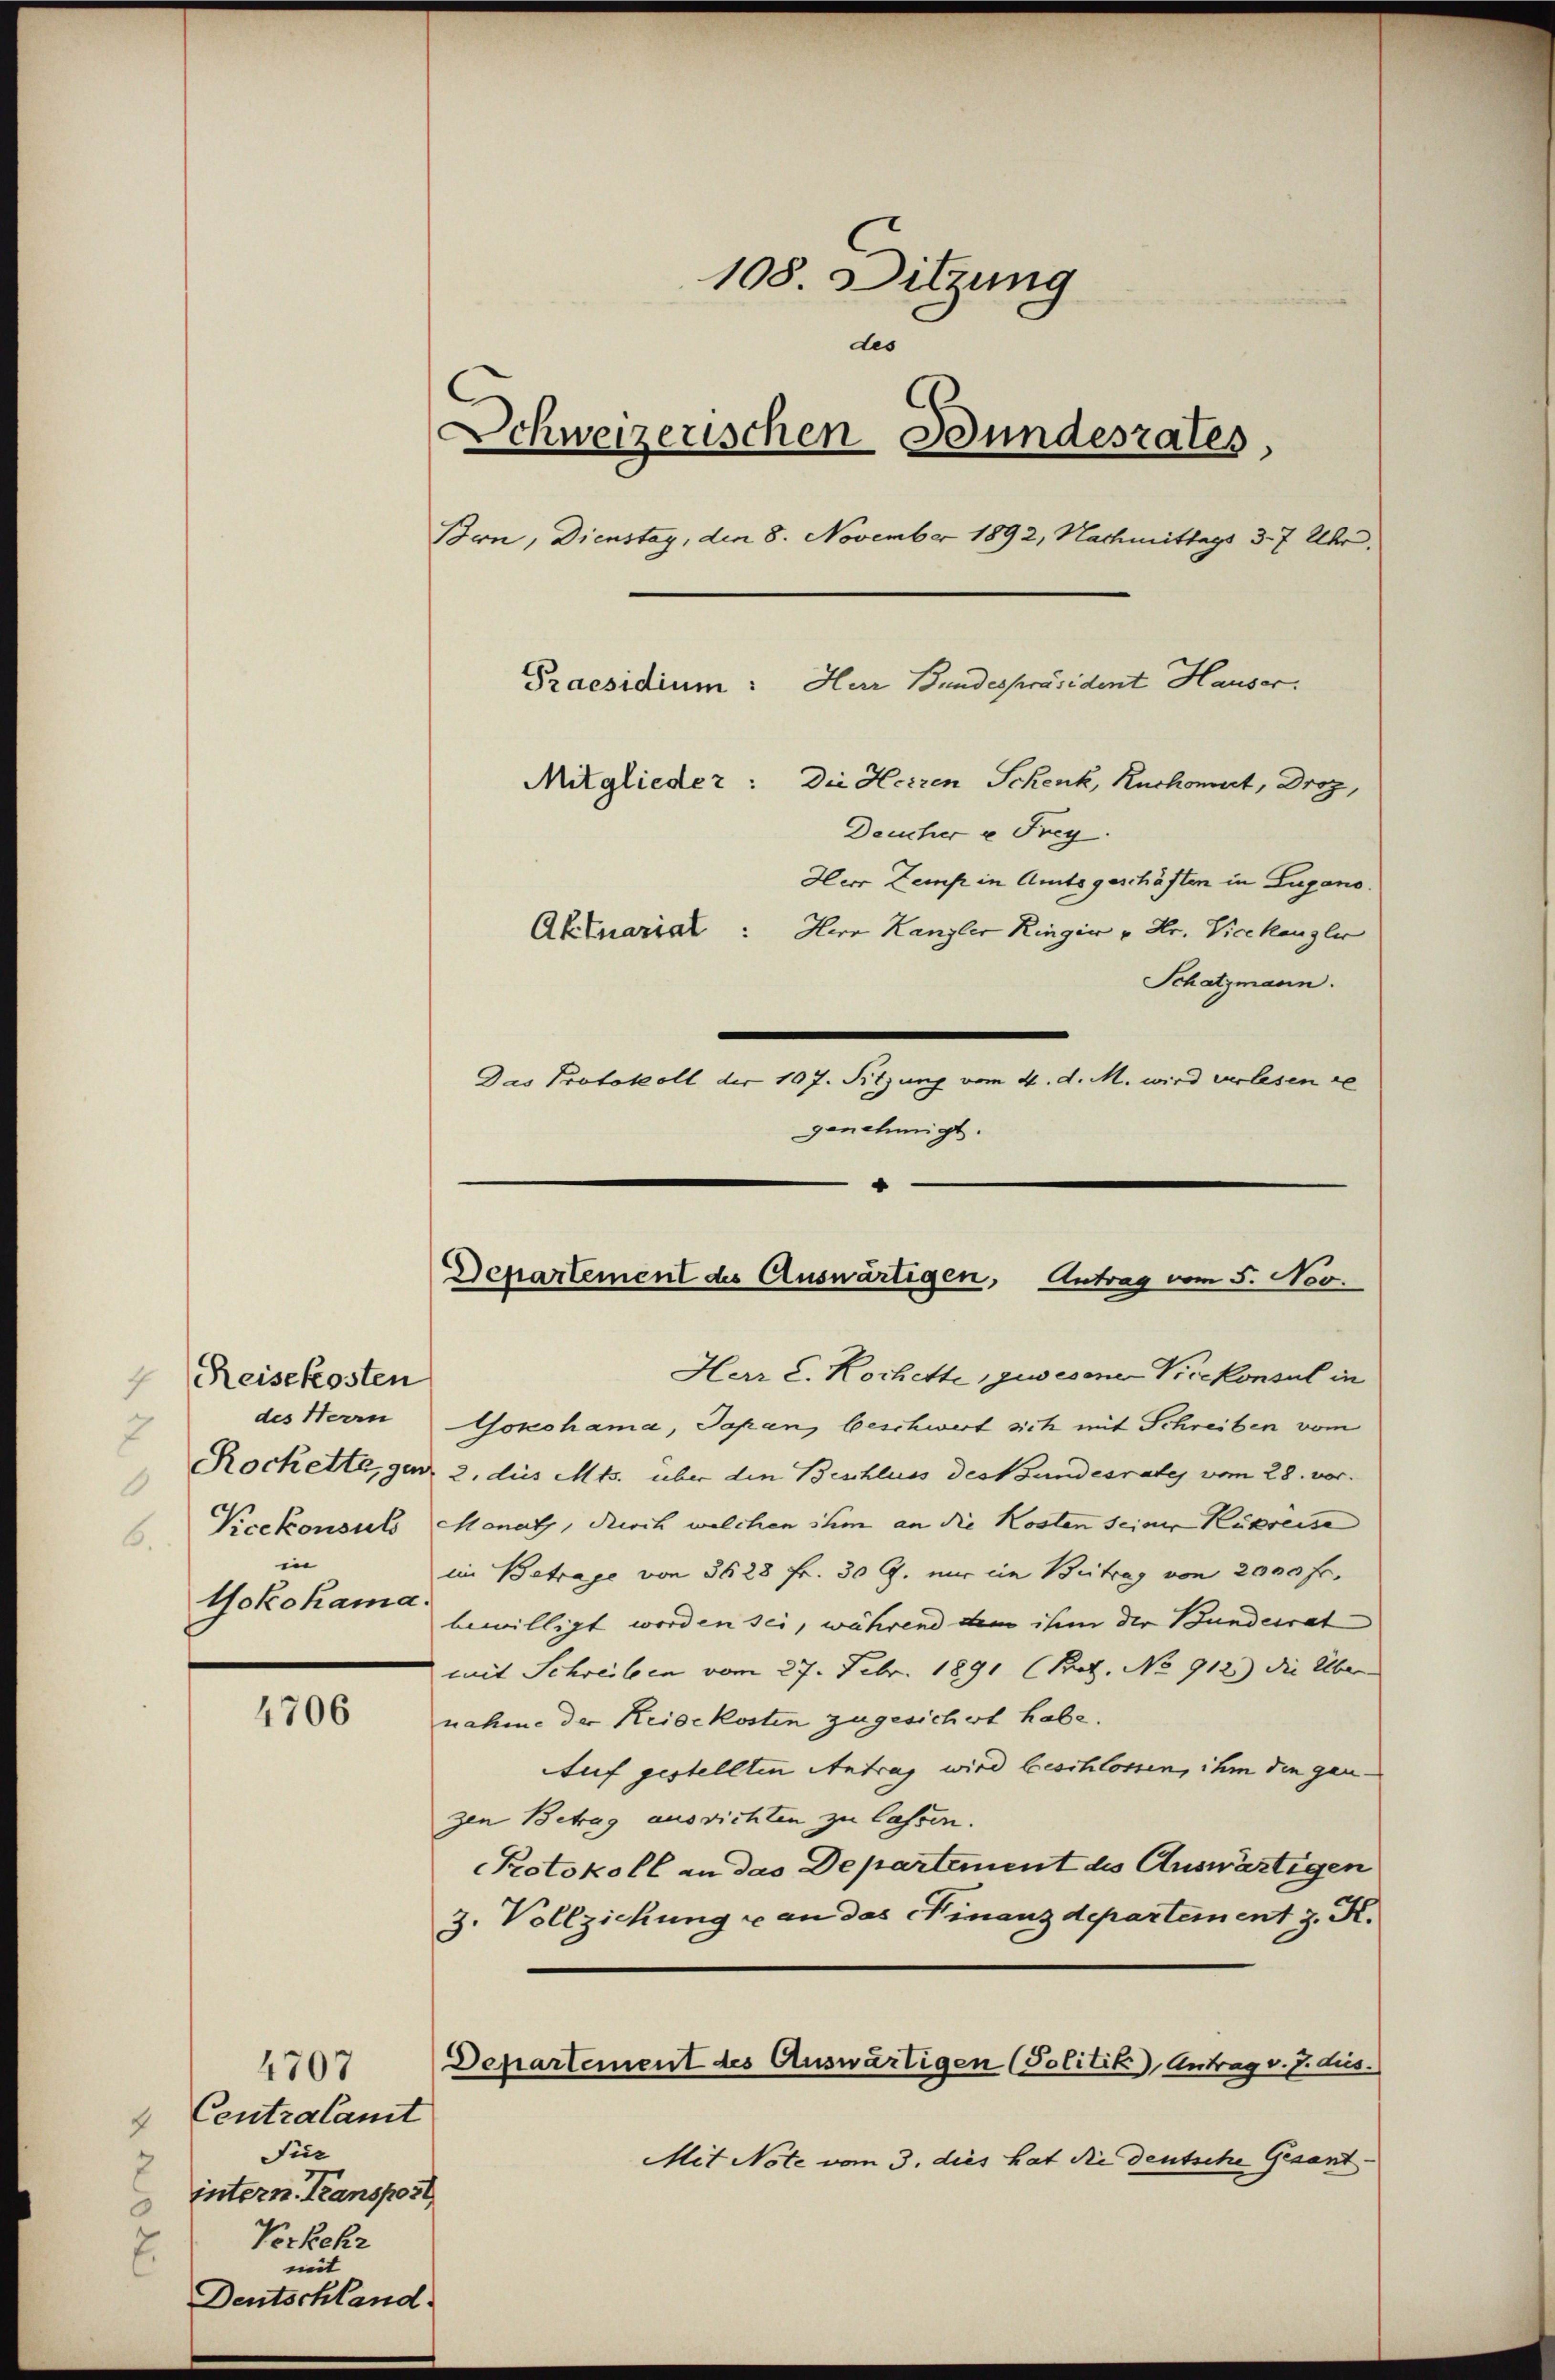
Reisekosten
des Herrn
7
1
6.
in
Hokohama.

4706

4 Centralamt
Für
intern. Transport
3
Vorkehr
mit
Deutschland.

4707

108. Sitzung
des
Schweizerischen Bundesrates,
Brn, Dienstag, den 8. November 1892, Nachmittags 3. 7 Uhr,
Praesidium: Har Bundespräsident Hauser.
Mitglieder: Die Herren Schenk, Ruchomut, Droz,
Deucher u Frey.
Herr Zemp in Amtsgeschäften in Lugano.
Aktuarial: Herr Kanzler Ringer u. Hr. Vicekanzler
Schatzmann.
Das Protokoll der 107. Sitzung vom 4. d. M. wird verlesen se
genehmigt.

Departement des Auswärtigen, Antrag vom 5. Nov.

Herr C. Kochette, gewesene Vicekonsul in
okohama, Japan beschwert sich mit Schreiben vom
Rochette, ganz 2. dies Mts. über den Beschluss des Bundesrates vom 28. vor.
Vicekonsuls Monath, durch welchen ihm an die Kosten seiner Rükreise
im Betrage von 3628 Fr. 30 G. nur in Beitrag von 2000 fr.
bewilligt worden sei, während dem ihm der Bundesrat
mit Schreiben vom 27. Febr. 1891 (Prof. No 912) die Über
nahme der Keisekosten zugesichert habe.
Auf gestellten Antrag wird beschlossen, ihm den ganzen Betrag ausrichten zu lassen.
Protokoll an das Departement des Auswärtigen
3. Vollziehung u an das Finanzdepartement J. K.
Departement des Auswärtigen (Politik, Antrag v. J. dus.
Mit Note vom 3. dies hat die deutsche Gesant¬